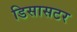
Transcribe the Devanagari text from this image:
डिसासटर